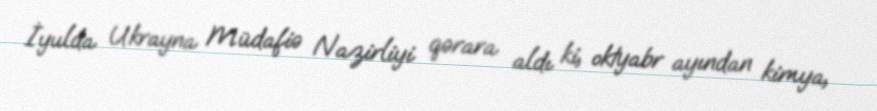
İyulda Ukrayna Müdafiə Nazirliyi qərara aldı ki, oktyabr ayından kimya,